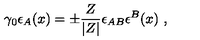
\gamma _ { 0 } \epsilon _ { A } ( x ) = \pm \frac { Z } { | Z | } \epsilon _ { A B } \epsilon ^ { B } ( x ) \ ,